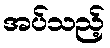
အပ်သည့်